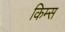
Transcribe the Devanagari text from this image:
किम्स